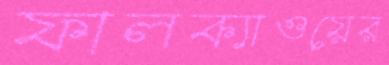
ফালক্যাওয়ের